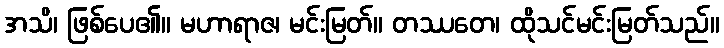
အသိ၊ ဖြစ်ပေ၏။ မဟာရာဇ၊ မင်းမြတ်။ တဿတေ၊ ထိုသင်မင်းမြတ်သည်။